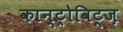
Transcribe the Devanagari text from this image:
कान्ट्रोविट्ज़